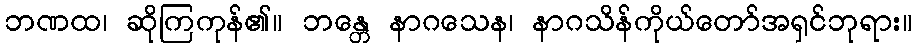
ဘဏထ၊ ဆိုကြကုန်၏။ ဘန္တေ နာဂသေန၊ နာဂသိန်ကိုယ်တော်အရှင်ဘုရား။